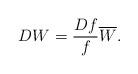
LaTeX: \begin{align*} DW=\frac{Df}{f}\overline W.\end{align*}